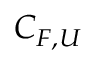
C _ { F , U }